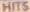
HITS